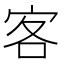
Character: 客